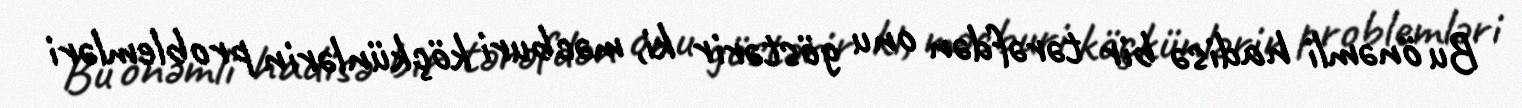
Bu önəmli hadisə bir tərəfdən onu göstərir ki, məcburi köçkünlərin problemləri